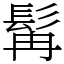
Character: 髯